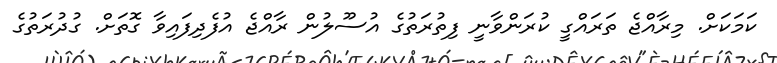
ކަމަކަށް. މިރާއްޖެ ތަރައްގީ ކުރަންވާނީ ފިތުރަތުގެ އުސޫލުން ރާއްޖެ އުފެދިފައިވާ ގޮތަށް. ގުދުރަތުގެ